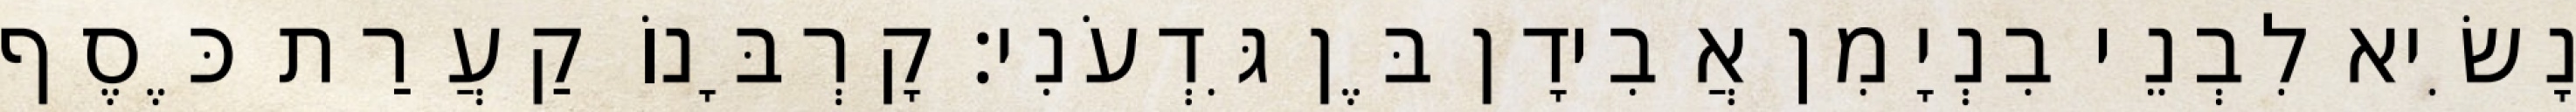
נָשִׂיא לִבְנֵי בִנְיָמִן אֲבִידָן בֶּן גִּדְעֹנִי׃ קָרְבָּנוֹ קַעֲרַת כֶּסֶף